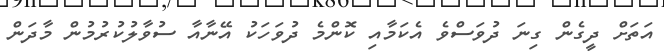
އަތަށް ދީގެން ގިނަ ދުވަސްވެ އެކަމާއި ކޮންމެ ދުވަހަކު އޭނާއާ ސުވާލުކުރުމުން މާދަން